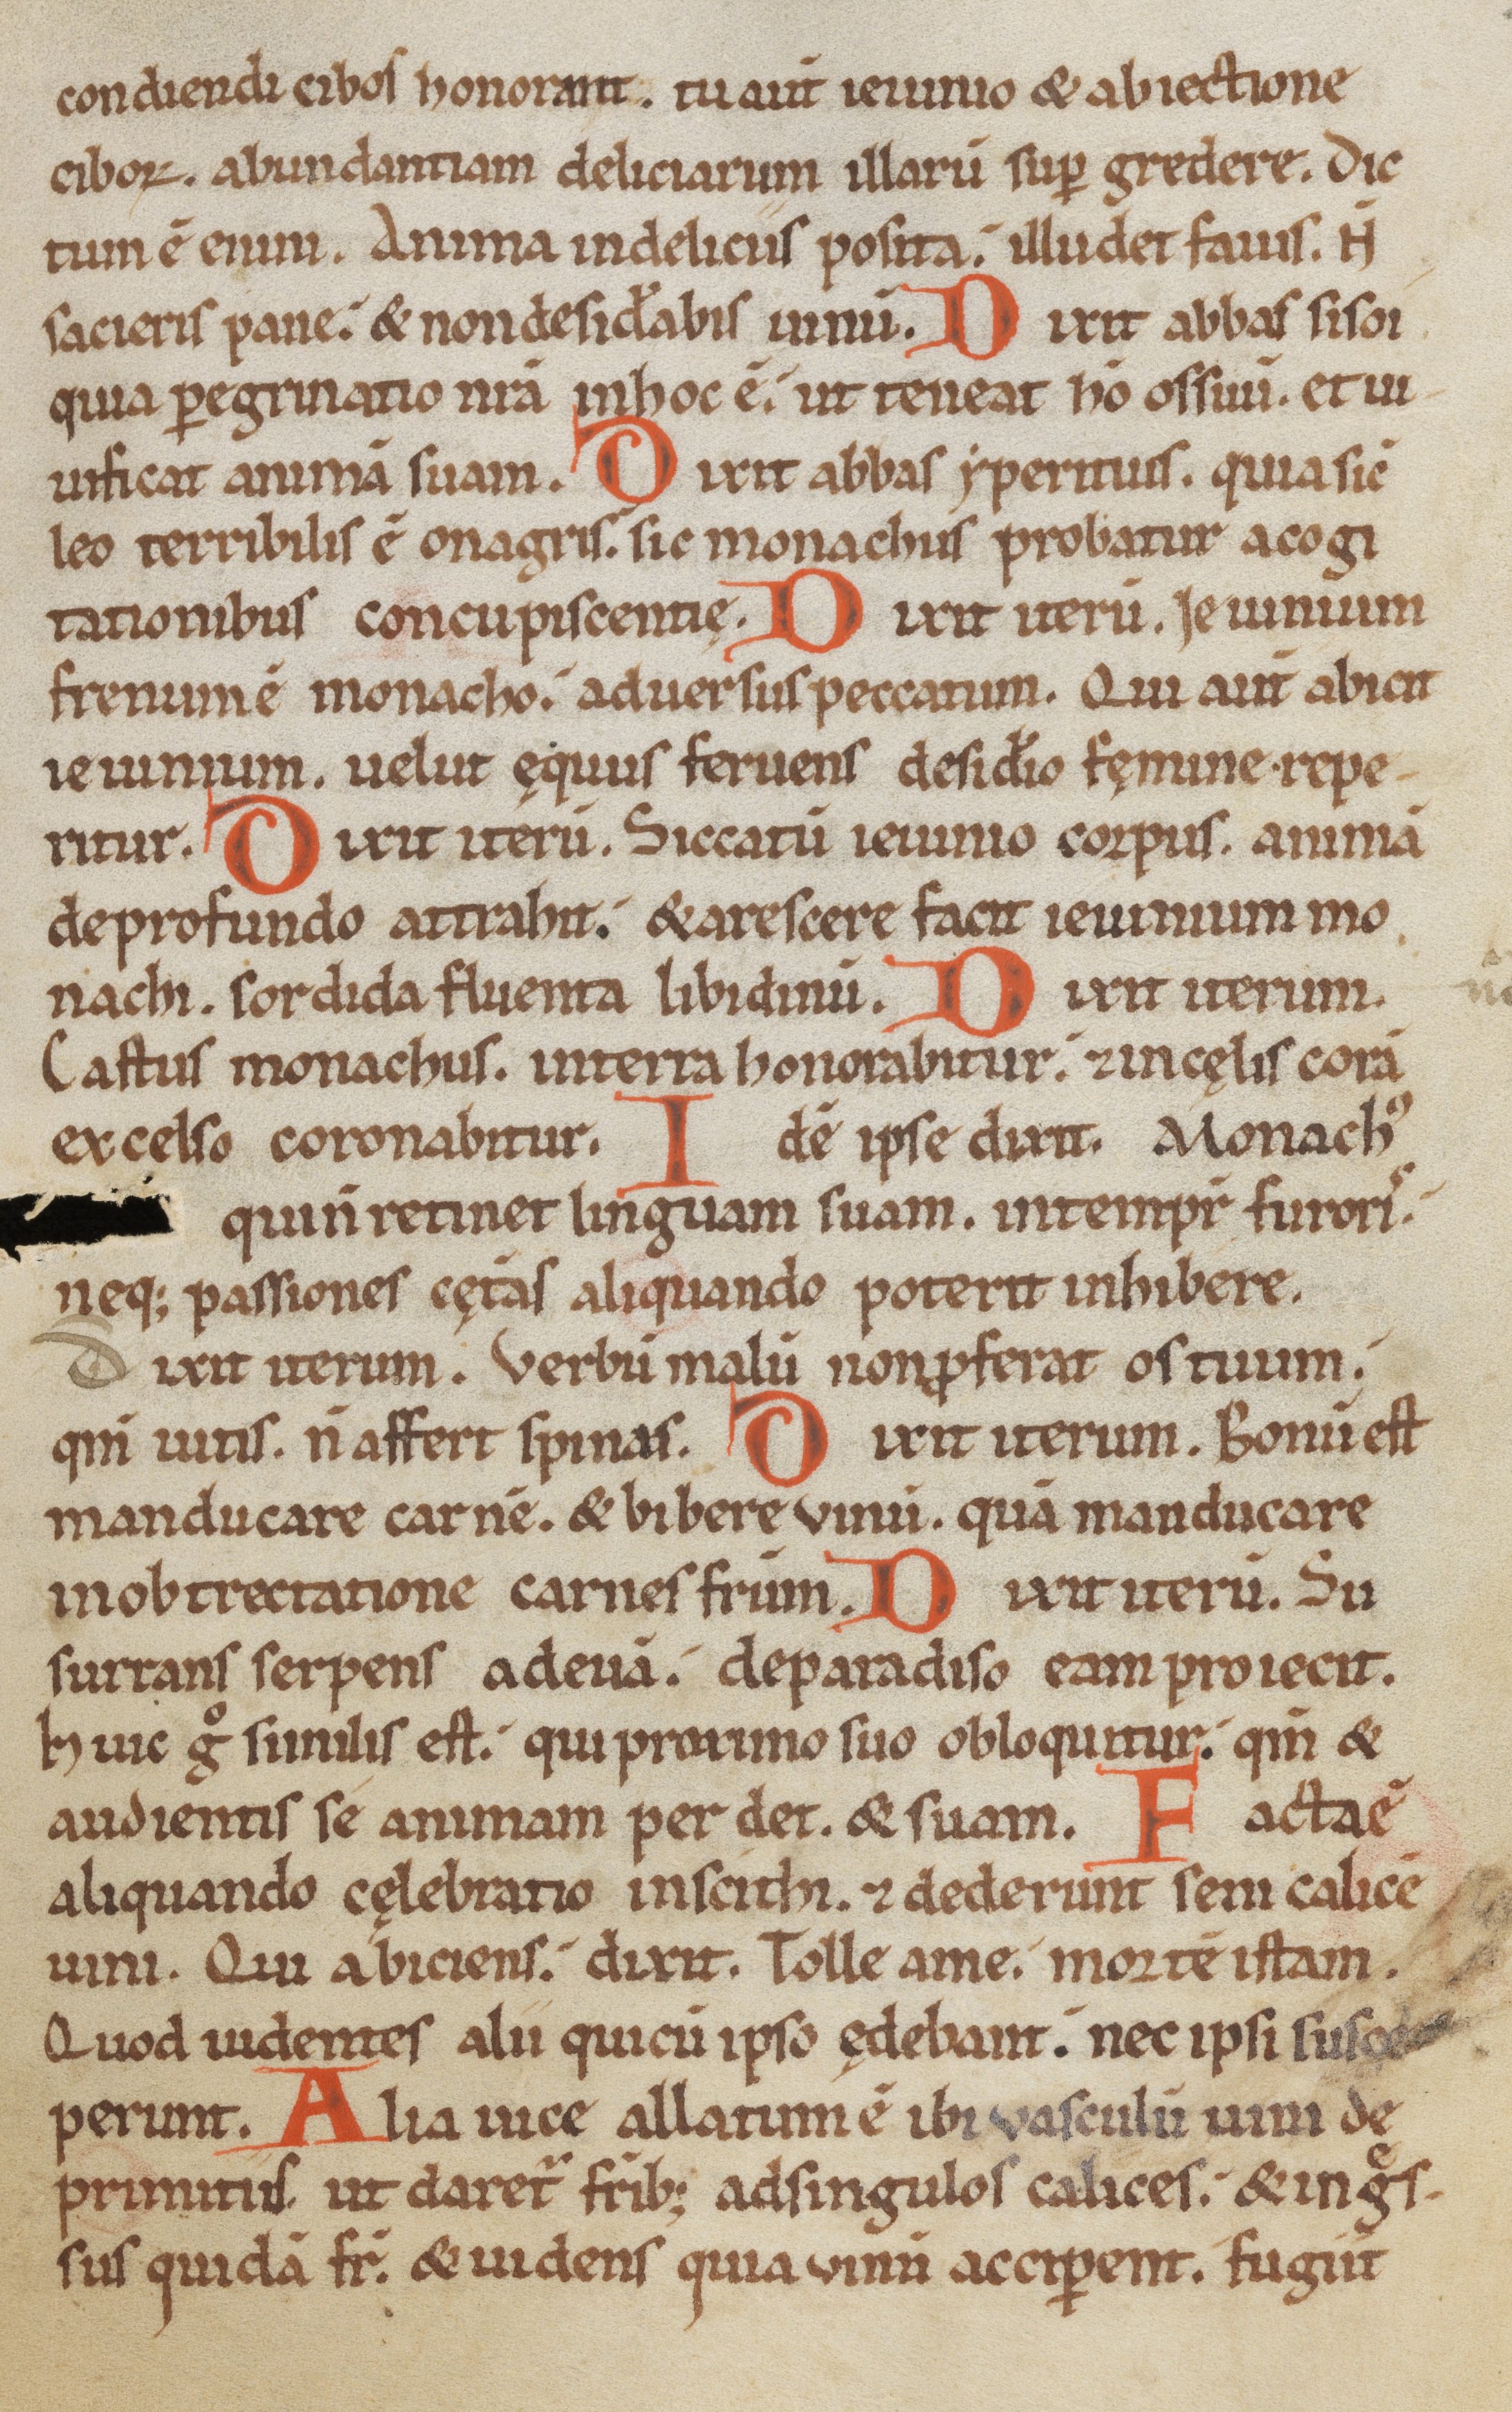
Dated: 1150–1199